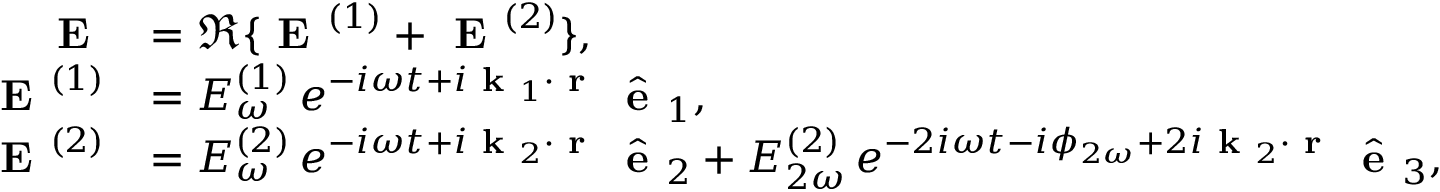
\begin{array} { r l } { \textbf { E } } & { = \Re \{ \textbf { E } ^ { ( 1 ) } + \textbf { E } ^ { ( 2 ) } \} , } \\ { \textbf { E } ^ { ( 1 ) } } & { = E _ { \omega } ^ { ( 1 ) } \, e ^ { - i \omega t + i \textbf { k } _ { 1 } \cdot \textbf { r } } \, \hat { \textbf { e } } _ { 1 } , } \\ { \textbf { E } ^ { ( 2 ) } } & { = E _ { \omega } ^ { ( 2 ) } \, e ^ { - i \omega t + i \textbf { k } _ { 2 } \cdot \textbf { r } } \, \hat { \textbf { e } } _ { 2 } + E _ { 2 \omega } ^ { ( 2 ) } \, e ^ { - 2 i \omega t - i \phi _ { 2 \omega } + 2 i \textbf { k } _ { 2 } \cdot \textbf { r } } \, \hat { \textbf { e } } _ { 3 } , } \end{array}